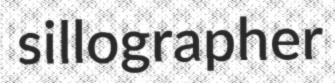
sillographer